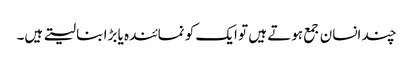
چند انسان جمع ہوتے ہیں تو ایک کو نمائندہ یا بڑا بنا لیتے ہیں۔